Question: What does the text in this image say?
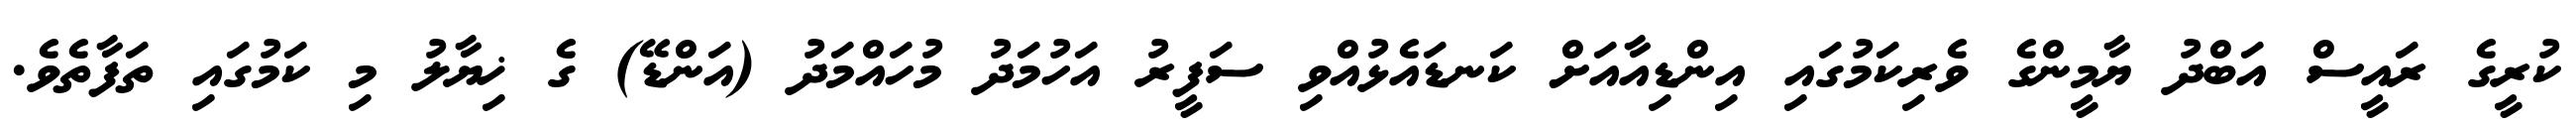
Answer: ކުރީގެ ރައީސް އަބްދު ޔާމީންގެ ވެރިކަމުގައި އިންޑިއާއަށް ކަނޑައެޅުއްވި ސަފީރު އަހުމަދު މުހައްމަދު (އަންޑޭ) ގެ ޚިޔާލު މި ކަމުގައި ތަފާތެވެ.